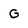
Character: G